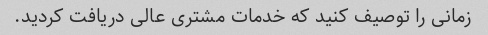
زمانی را توصیف کنید که خدمات مشتری عالی دریافت کردید.